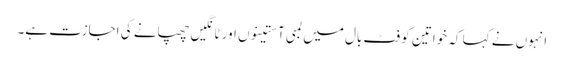
انہوں نے کہا کہ خواتین کو فٹ بال میں لمبی آستینوں اور ٹانگیں چھپانے کی اجازت ہے۔